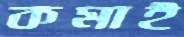
কমাই